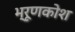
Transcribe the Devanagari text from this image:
भ्रूणकोश